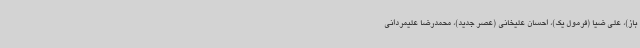
باز)، علی ضیا (فرمول یک)، احسان علیخانی (عصر جدید)، محمدرضا علیمردانی